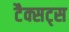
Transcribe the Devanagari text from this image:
टैक्सट्स